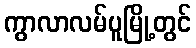
ကွာလာလမ်ပူမြို့တွင်